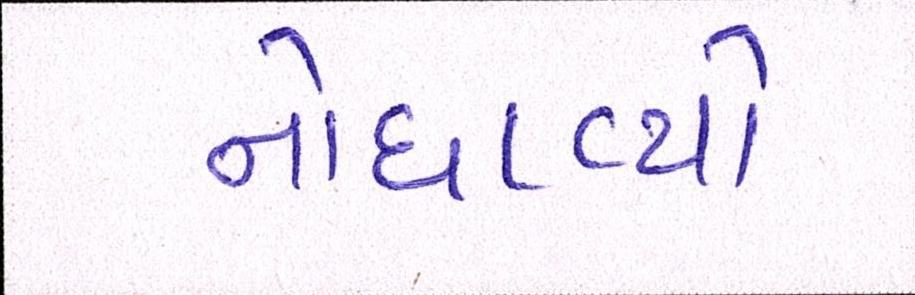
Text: નોધાવ્યો